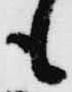
も